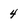
Character: 4